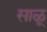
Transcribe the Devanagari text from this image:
साळू